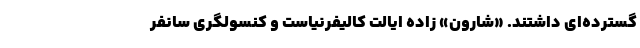
گسترده‌ای داشتند. «شارون» زاده ایالت کالیفرنیاست و کنسولگری سانفر